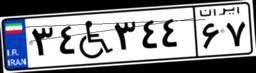
۷۲W۳۸۵۲۲